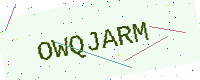
Text: OWQJARM